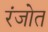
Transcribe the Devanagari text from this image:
रंजोत